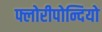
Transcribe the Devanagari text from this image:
फ्लोरीपोन्दियो